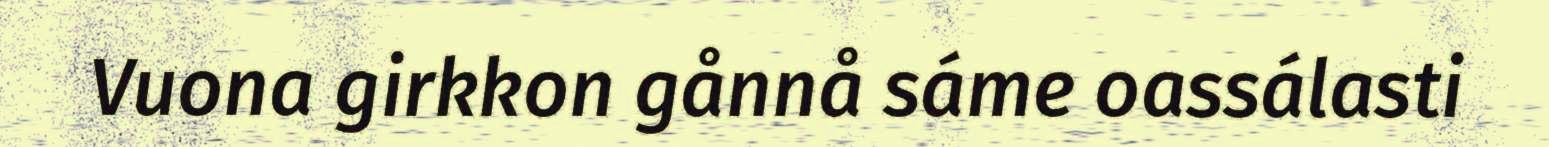
Vuona girkkon gånnå sáme oassálasti